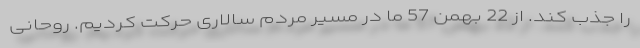
را جذب کند. از 22 بهمن 57 ما در مسیر مردم سالاری حرکت کردیم. روحانی